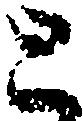
と